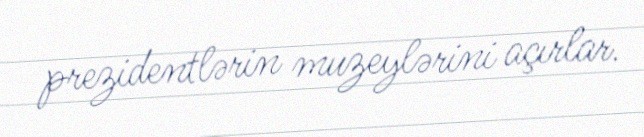
prezidentlərin muzeylərini açırlar.